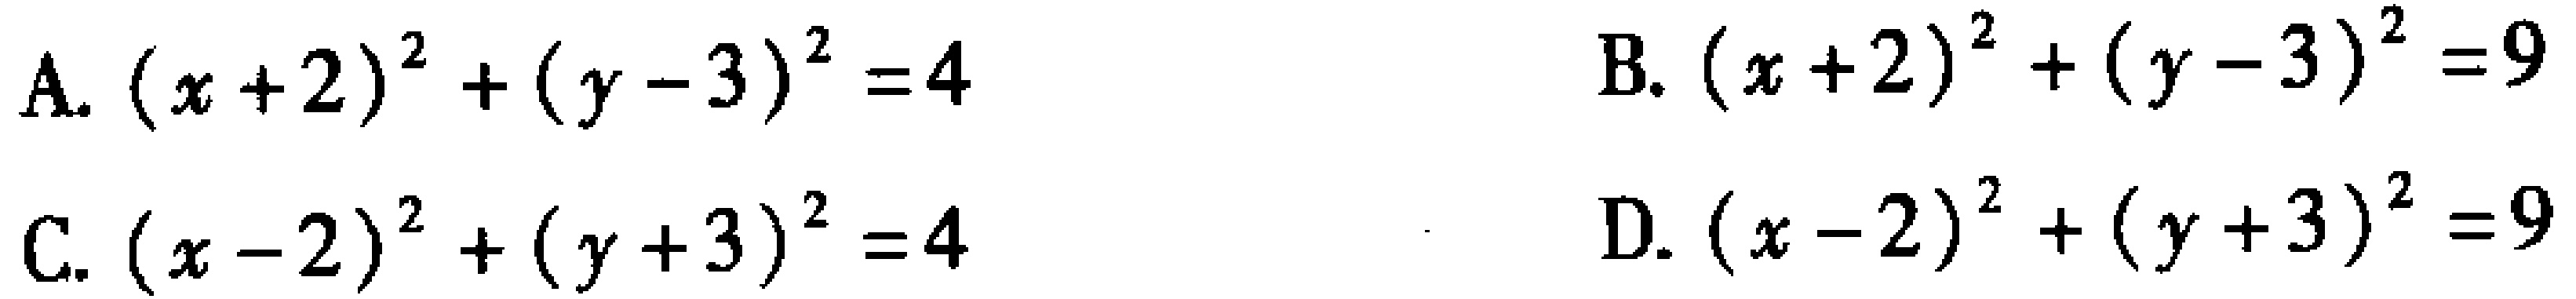
A. \((x + 2)^2+(y - 3)^2 = 4\)
B. \((x + 2)^2+(y - 3)^2 = 9\)
C. \((x - 2)^2+(y + 3)^2 = 4\)
D. \((x - 2)^2+(y + 3)^2 = 9\)